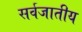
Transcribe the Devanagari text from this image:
सर्वजातीय